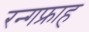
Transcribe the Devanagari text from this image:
रन्गफ्राह